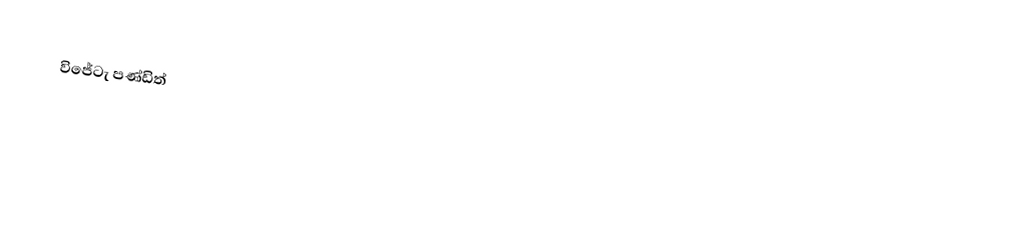
විජේටැ පණ්ඩිත්